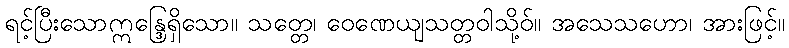
ရင့်ပြီးသောဣန္ဒြေရှိသော။ သတ္တေ၊ ဝေဏေယျသတ္တဝါသို့ဝ်။ အသေသဟော၊ အားဖြင့်။